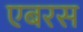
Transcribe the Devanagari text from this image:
एबरस